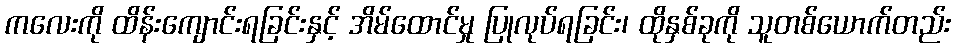
ကလေးကို ထိန်းကျောင်းရခြင်းနှင့် အိမ်ထောင်မှု ပြုလုပ်ရခြင်း၊ ထိုနှစ်ခုကို သူတစ်ယောက်တည်း